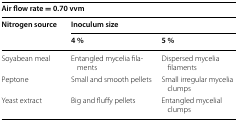
<table><thead><tr><td colspan="3"><b>Air flow rate = 0.70 vvm</b></td></tr><tr><td rowspan="2"><b>Nitrogen source</b></td><td colspan="2"><b>Inoculum size</b></td></tr><tr><td><b>4 %</b></td><td><b>5 %</b></td></tr></thead><tbody><tr><td>Soyabean meal</td><td>Entangled mycelia filaments</td><td>Dispersed mycelia filaments</td></tr><tr><td>Peptone</td><td>Small and smooth pellets</td><td>Small irregular mycelia clumps</td></tr><tr><td>Yeast extract</td><td>Big and fluffy pellets</td><td>Entangled mycelial clumps</td></tr></tbody></table>